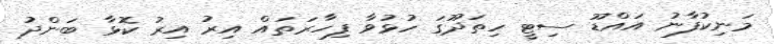
މަނިކުފާނު އައްޑޫ ސިޓީ ހިތަދޫގަ ހުޅުވާ ފިހާރަތައް އިރު އިރު ކޮޅާ ބަންދު